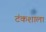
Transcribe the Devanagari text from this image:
टंकशाला